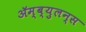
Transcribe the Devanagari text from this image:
ॲम्ब्युलन्स